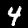
Label: 4